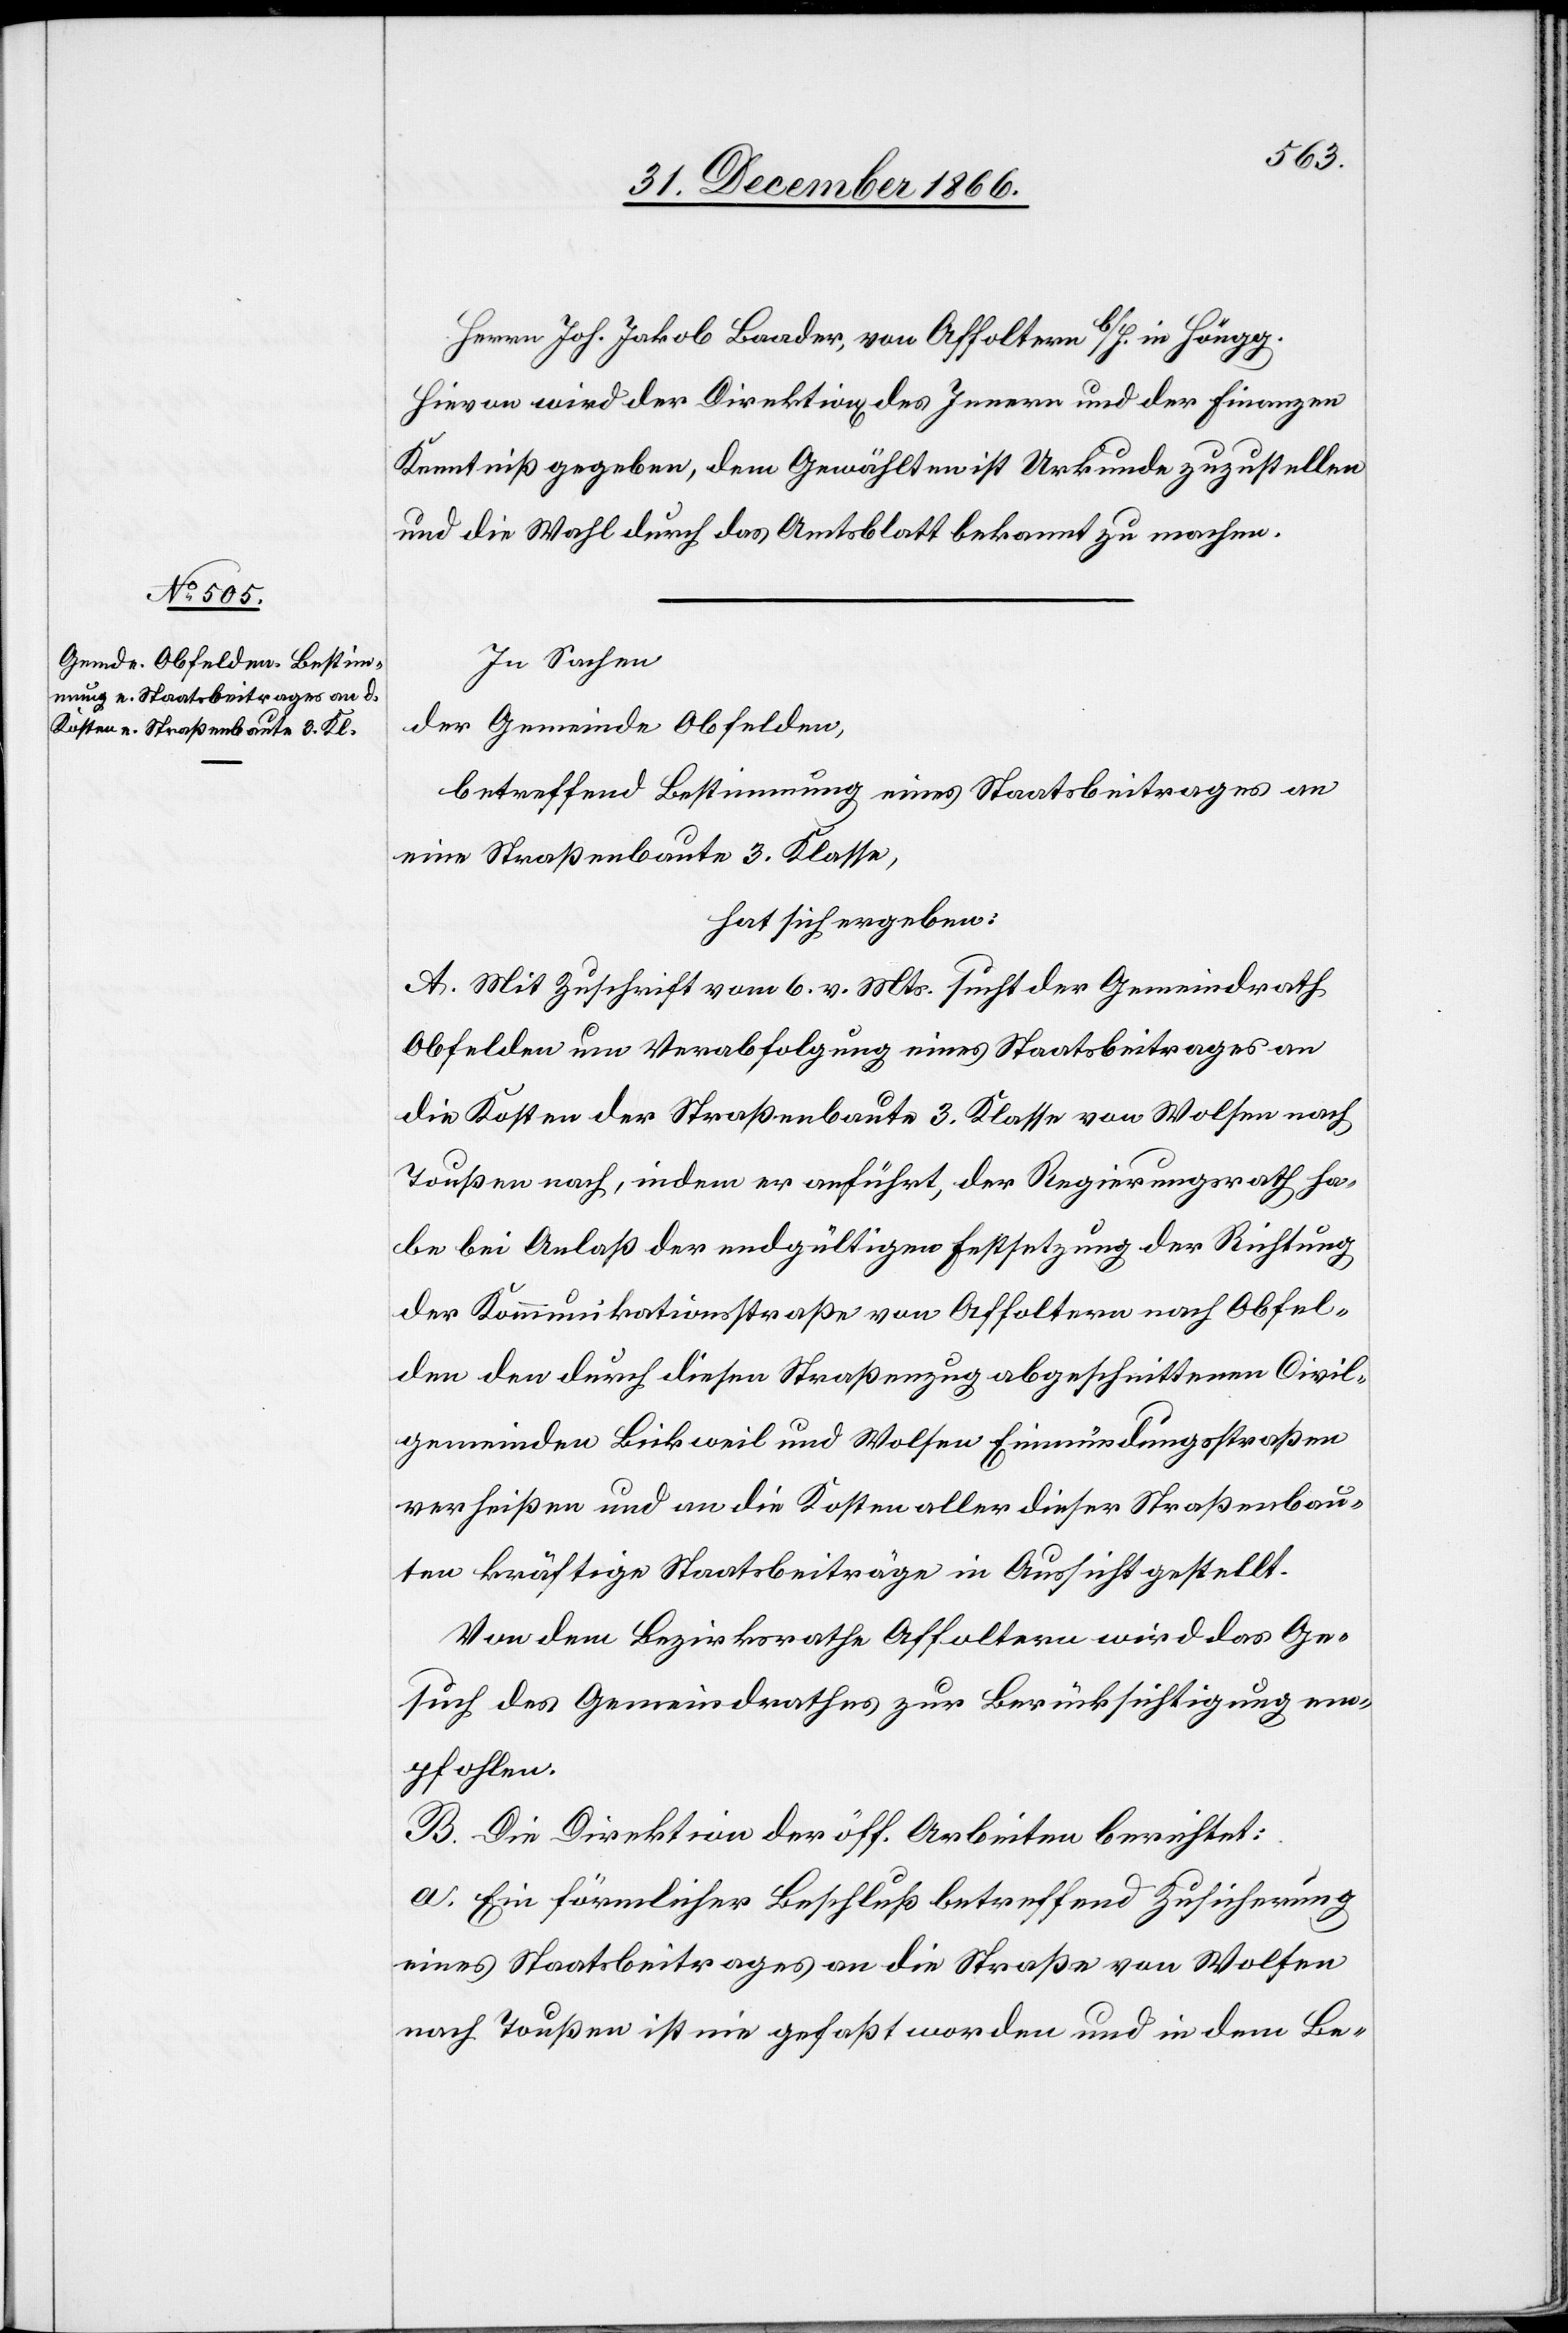
Herrn Joh. Jakob Baader, von Affoltern b/H. in Höngg.
Kenntniß gegeben, dem Gewählten ist Urkunde zuzustellen
und die Wahl durch das Amtsblatt bekannt zu machen.
In Sachen
der Gemeinde Obfelden,
betreffend Bestimmung eines Staatsbeitrages an
eine Straßenbaute 3. Klasse,
hat sich ergeben:
A. Mit Zuschrift vom 6. v. Mts. sucht der Gemeindrath
Obfelden um Verabfolgung eines Staatsbeitrages an
die Kosten der Straßenbaute 3. Klasse von Wolsen nach
Toußen nach, indem er anführt, der Regierungsrath ha¬
be bei Anlaß der endgültigen Festsetzung der Richtung
der Kommunikationsstraße von Affoltern nach Obfel¬
den den durch diesen Straßenzug abgeschnittenen Civil¬
gemeinden Bickweil und Wolsen Einmündungsstraßen
verheißen und an die Kosten aller dieser Straßenbau¬
ten kräftige Staatsbeiträge in Aussicht gestellt.
Von dem Bezirksrathe Affoltern wird das Ge¬
such des Gemeindrathes zur Berücksichtigung em¬
pfohlen.
B. Die Direktion der öff. Arbeiten berichtet:
a. Ein förmlicher Beschluß betreffend Zusicherung
eines Staatsbeitrages an die Straße von Wolfen
nach Toußen ist nie gefaßt worden und in dem Be-